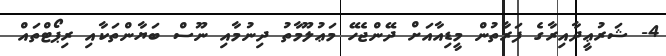
4- ޝަރުޢީދާއިރާގެ ފަރާތުން މީޑިއާއަށް ދޭންޖެހޭ މަޢުލޫމާތު ދިނުމާއި ނޫސް ބަޔާންތަކާއި ރިޕޯޓްތައް